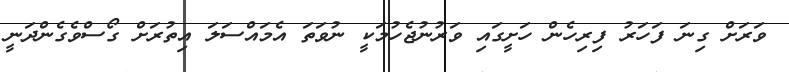
ވަރަށް ގިނަ ފަހަރު ފިރިހެން ހަށީގައި ވަރުނުޖެހުމަކީ ނުވަތަ އެމައްސަލަ އިތުރަށް ގޯސްވެގެންދަނީ